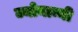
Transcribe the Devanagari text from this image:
ज्योनान्नी